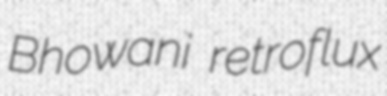
Bhowani retroflux